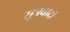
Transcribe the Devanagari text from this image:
सूत्रवादी